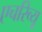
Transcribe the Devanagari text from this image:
एचरिव्यू